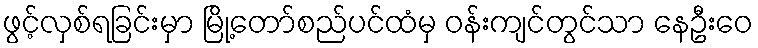
ဖွင့်လှစ်ရခြင်းမှာ မြို့တော်စည်ပင်ထံမှ ဝန်းကျင်တွင်သာ နေဦးဝေ